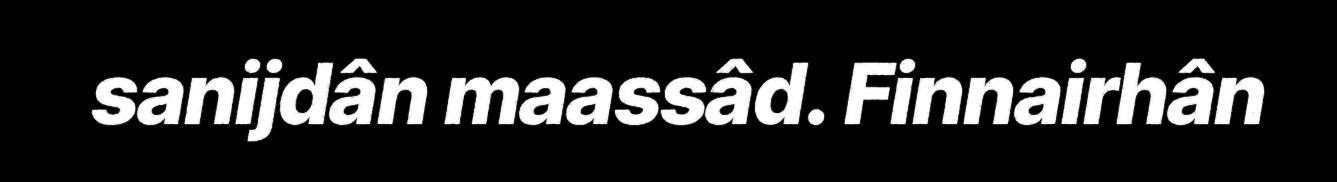
sanijdân maassâd. Finnairhân